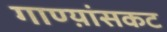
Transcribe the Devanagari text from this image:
गाण्य़ांसकट